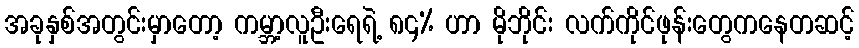
အခုနှစ်အတွင်းမှာတော့ ကမ္ဘာ့လူဦးရေရဲ့ ၈၄% ဟာ မိုဘိုင်း လက်ကိုင်ဖုန်းတွေကနေတဆင့်